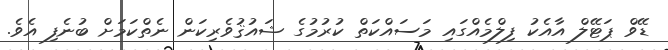
ޑޭވް ޕަޓޭލް އާއެކު ފިލްމެއްގައި މަސައްކަތް ކުރުމުގެ ޝައުޤުވެރިކަން ނެތްކަމަށް ބުނެފި އެވެ.